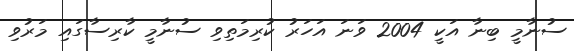
ސުނާމީ ބިނާ އަކީ 2004 ވަނަ އަހަރު ކުރިމަތިވި ސުނާމީ ކާރިސާގައި މަރުވި